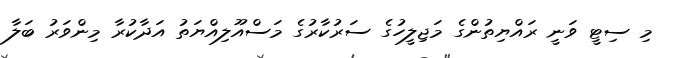
މި ސިޓީ ވަނީ ރައްޔިތުންގެ މަޖިލީހުގެ ސަރުކާރުގެ މަސްއޫލިއްޔަތު އަދާކުރާ މިންވަރު ބަލާ